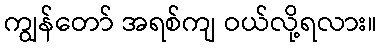
ကျွန်တော် အရစ်ကျ ဝယ်လို့ရလား။